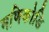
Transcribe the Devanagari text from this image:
मणिकोडि